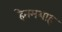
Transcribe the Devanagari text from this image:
हेतमशाह